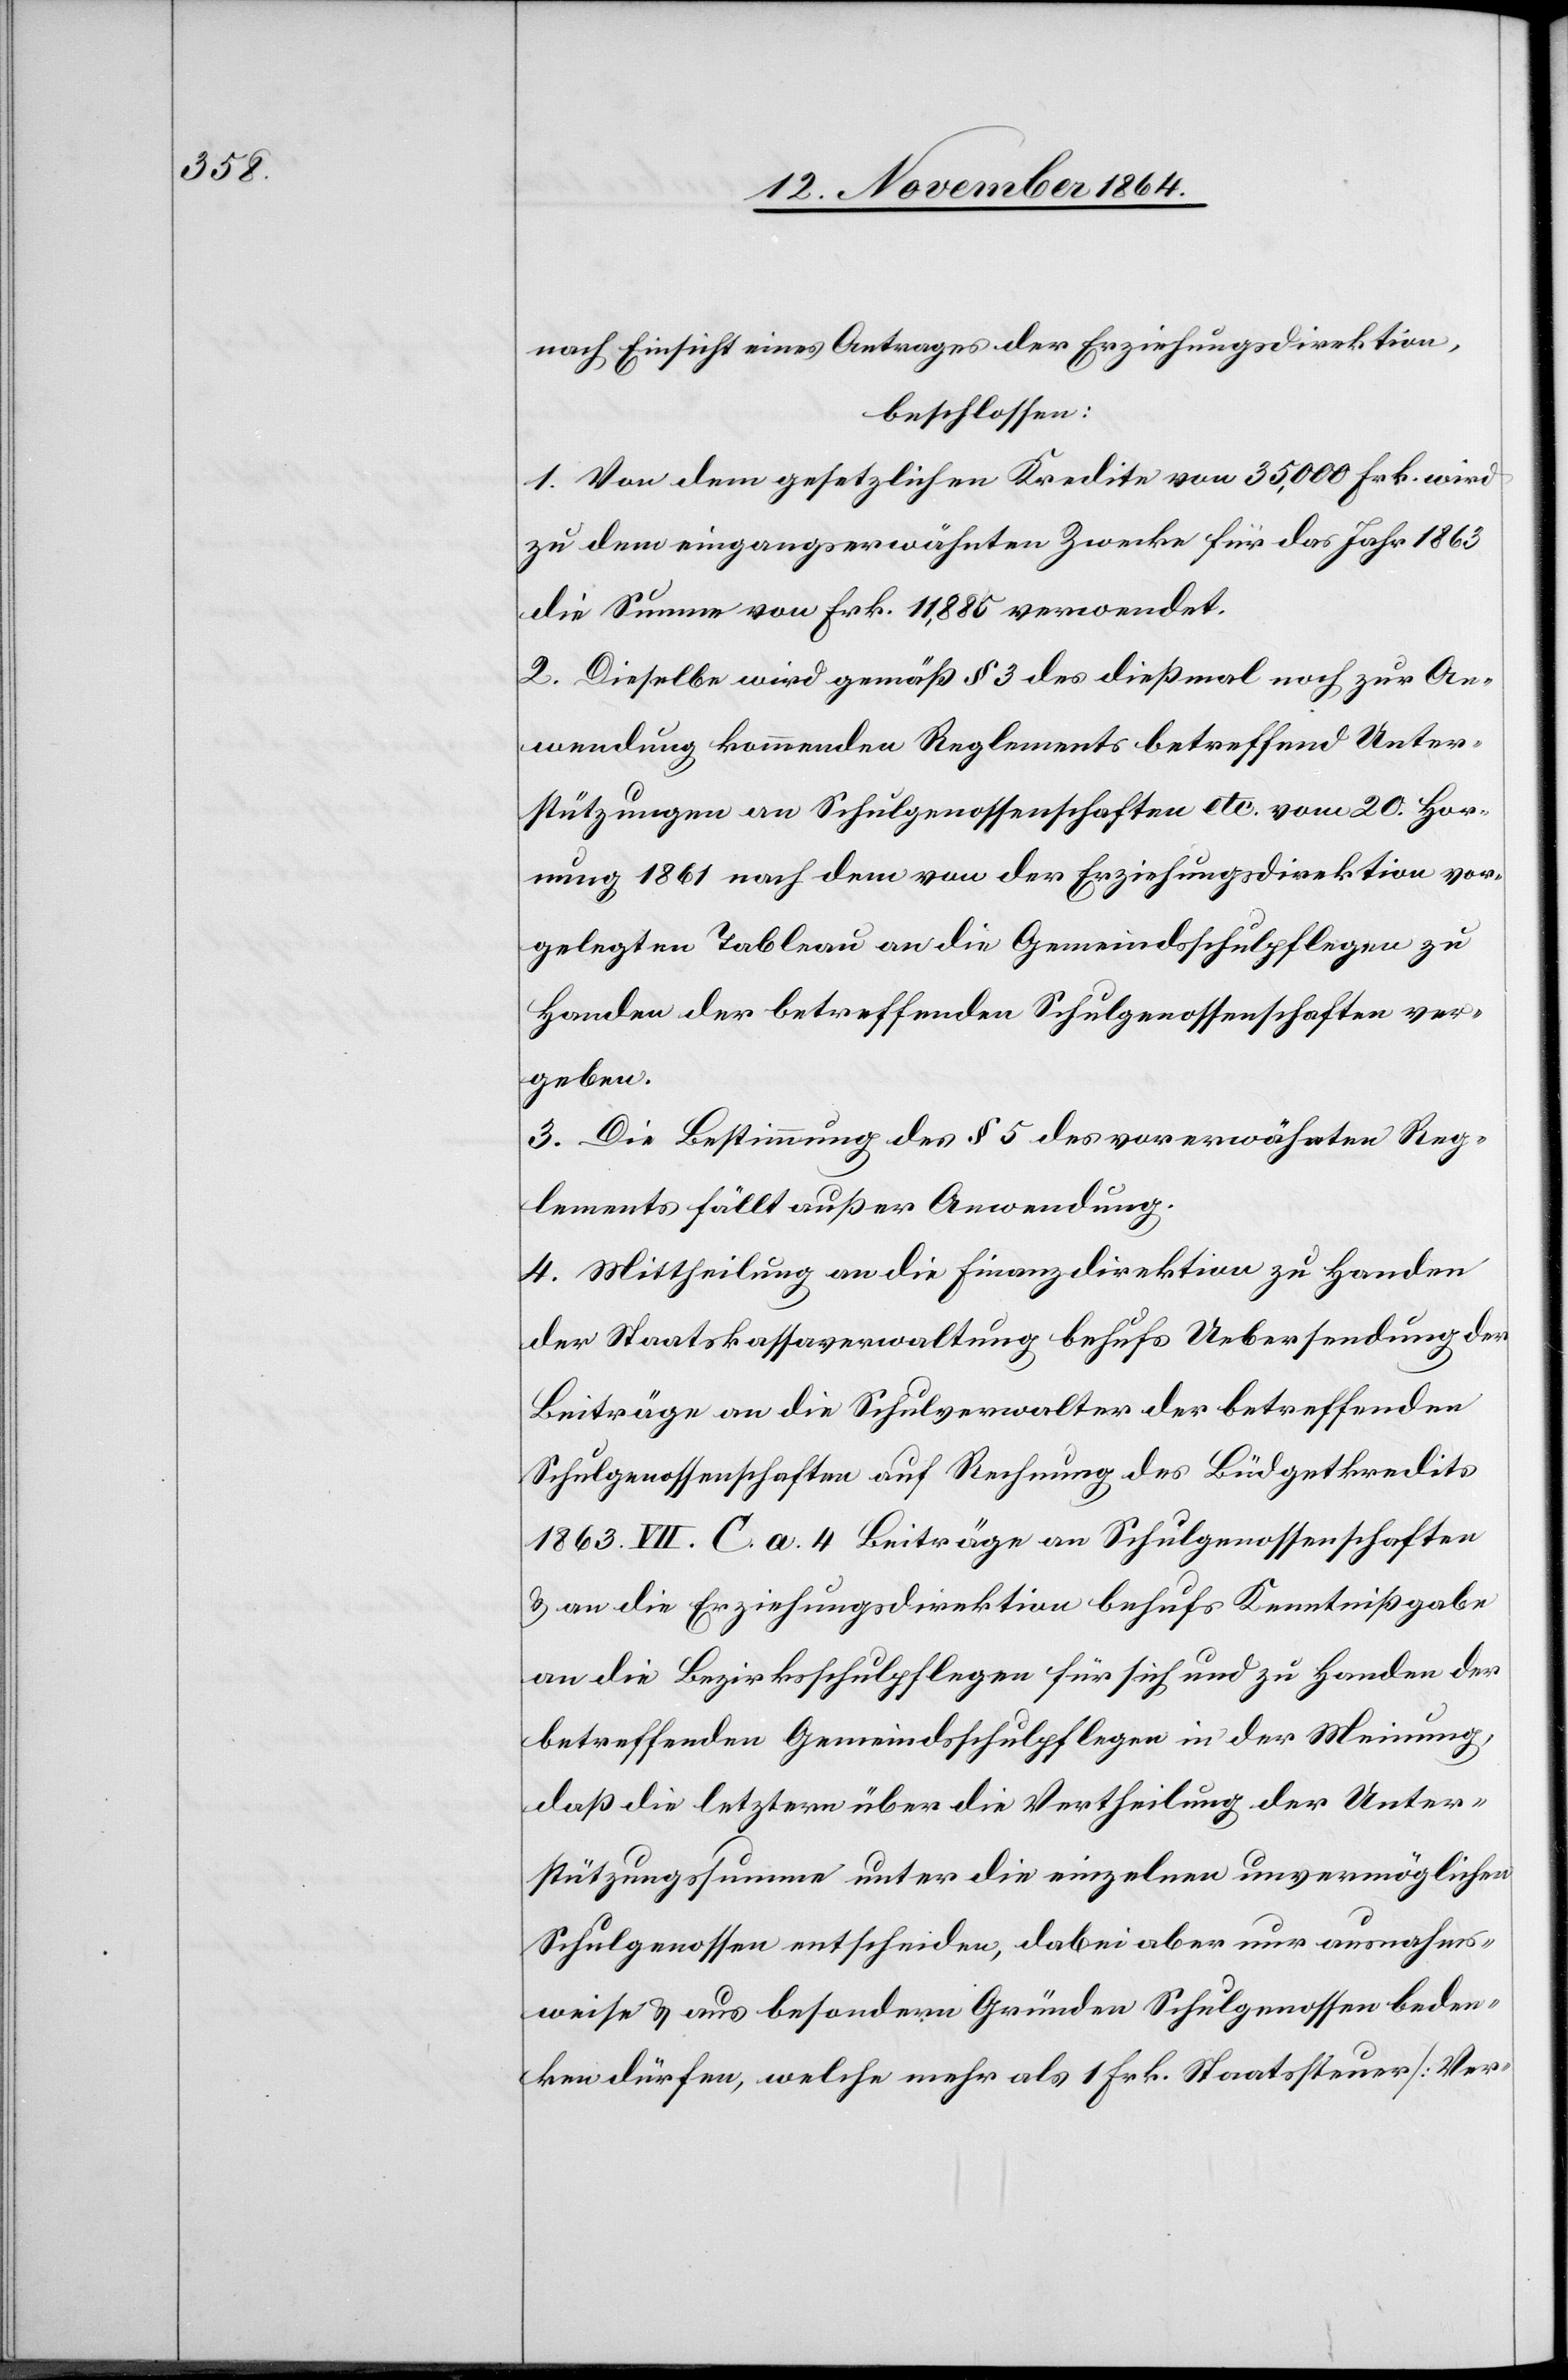
nach Einsicht eines Antrages der Erziehungsdirektion,
beschlossen:
1. Von dem gesetzlichen Kredite von 35,000 Frk. wird
zu dem eingangserwähnten Zwecke für das Jahr 1863
die Summe von Frk. 11,885 verwendet.
2. Dieselbe wird gemäß § 3 des dießmal noch zur An¬
wendung kommenden Reglements betreffend Unter¬
stützungen an Schulgenossenschaften etc. vom 20. Hor¬
nung 1861 nach dem von der Erziehungsdirektion vor¬
gelegten Tableau an die Gemeindsschulpflegen zu
Handen der betreffenden Schulgenossenschaften ver¬
geben.
3. Die Bestimmung des § 5 des vorerwähnten Reg¬
lements fällt außer Anwendung.
4. Mittheilung an die Finanzdirektion zu Handen
der Staatskassaverwaltung behufs Uebersendung der
Beiträge an die Schulverwalter der betreffenden
Schulgenossenschaften auf Rechnung des Büdgetkredits
1863. VII. C. a. 4 Beiträge an Schulgenossenschaften
& an die Erziehungsdirektion behufs Kenntnißgabe
an die Bezirksschulpflegen für sich und zu Handen der
betreffenden Gemeindsschulpflegen in der Meinung,
daß die letztern über die Vertheilung der Unter¬
stützungssumme unter die einzelnen unvermöglichen
Schulgenossen entscheiden, dabei aber nur ausnahms¬
weise & aus besondern Gründen Schulgenossen beden¬
ken dürfen, welche mehr als 1 Frk. Staatssteuer [Ver-